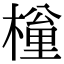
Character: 𣙚